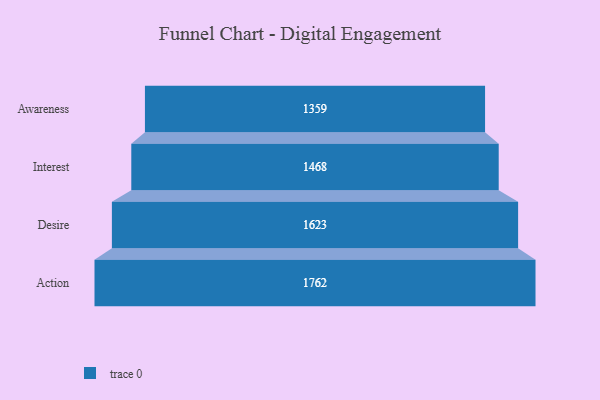
{"axis": {"x": "Stage", "y": "Value"}, "legend": [""], "data": [{"x": "Awareness", "y": 1359.0, "type": ""}, {"x": "Interest", "y": 1468.0, "type": ""}, {"x": "Desire", "y": 1623.0, "type": ""}, {"x": "Action", "y": 1762.0, "type": ""}]}